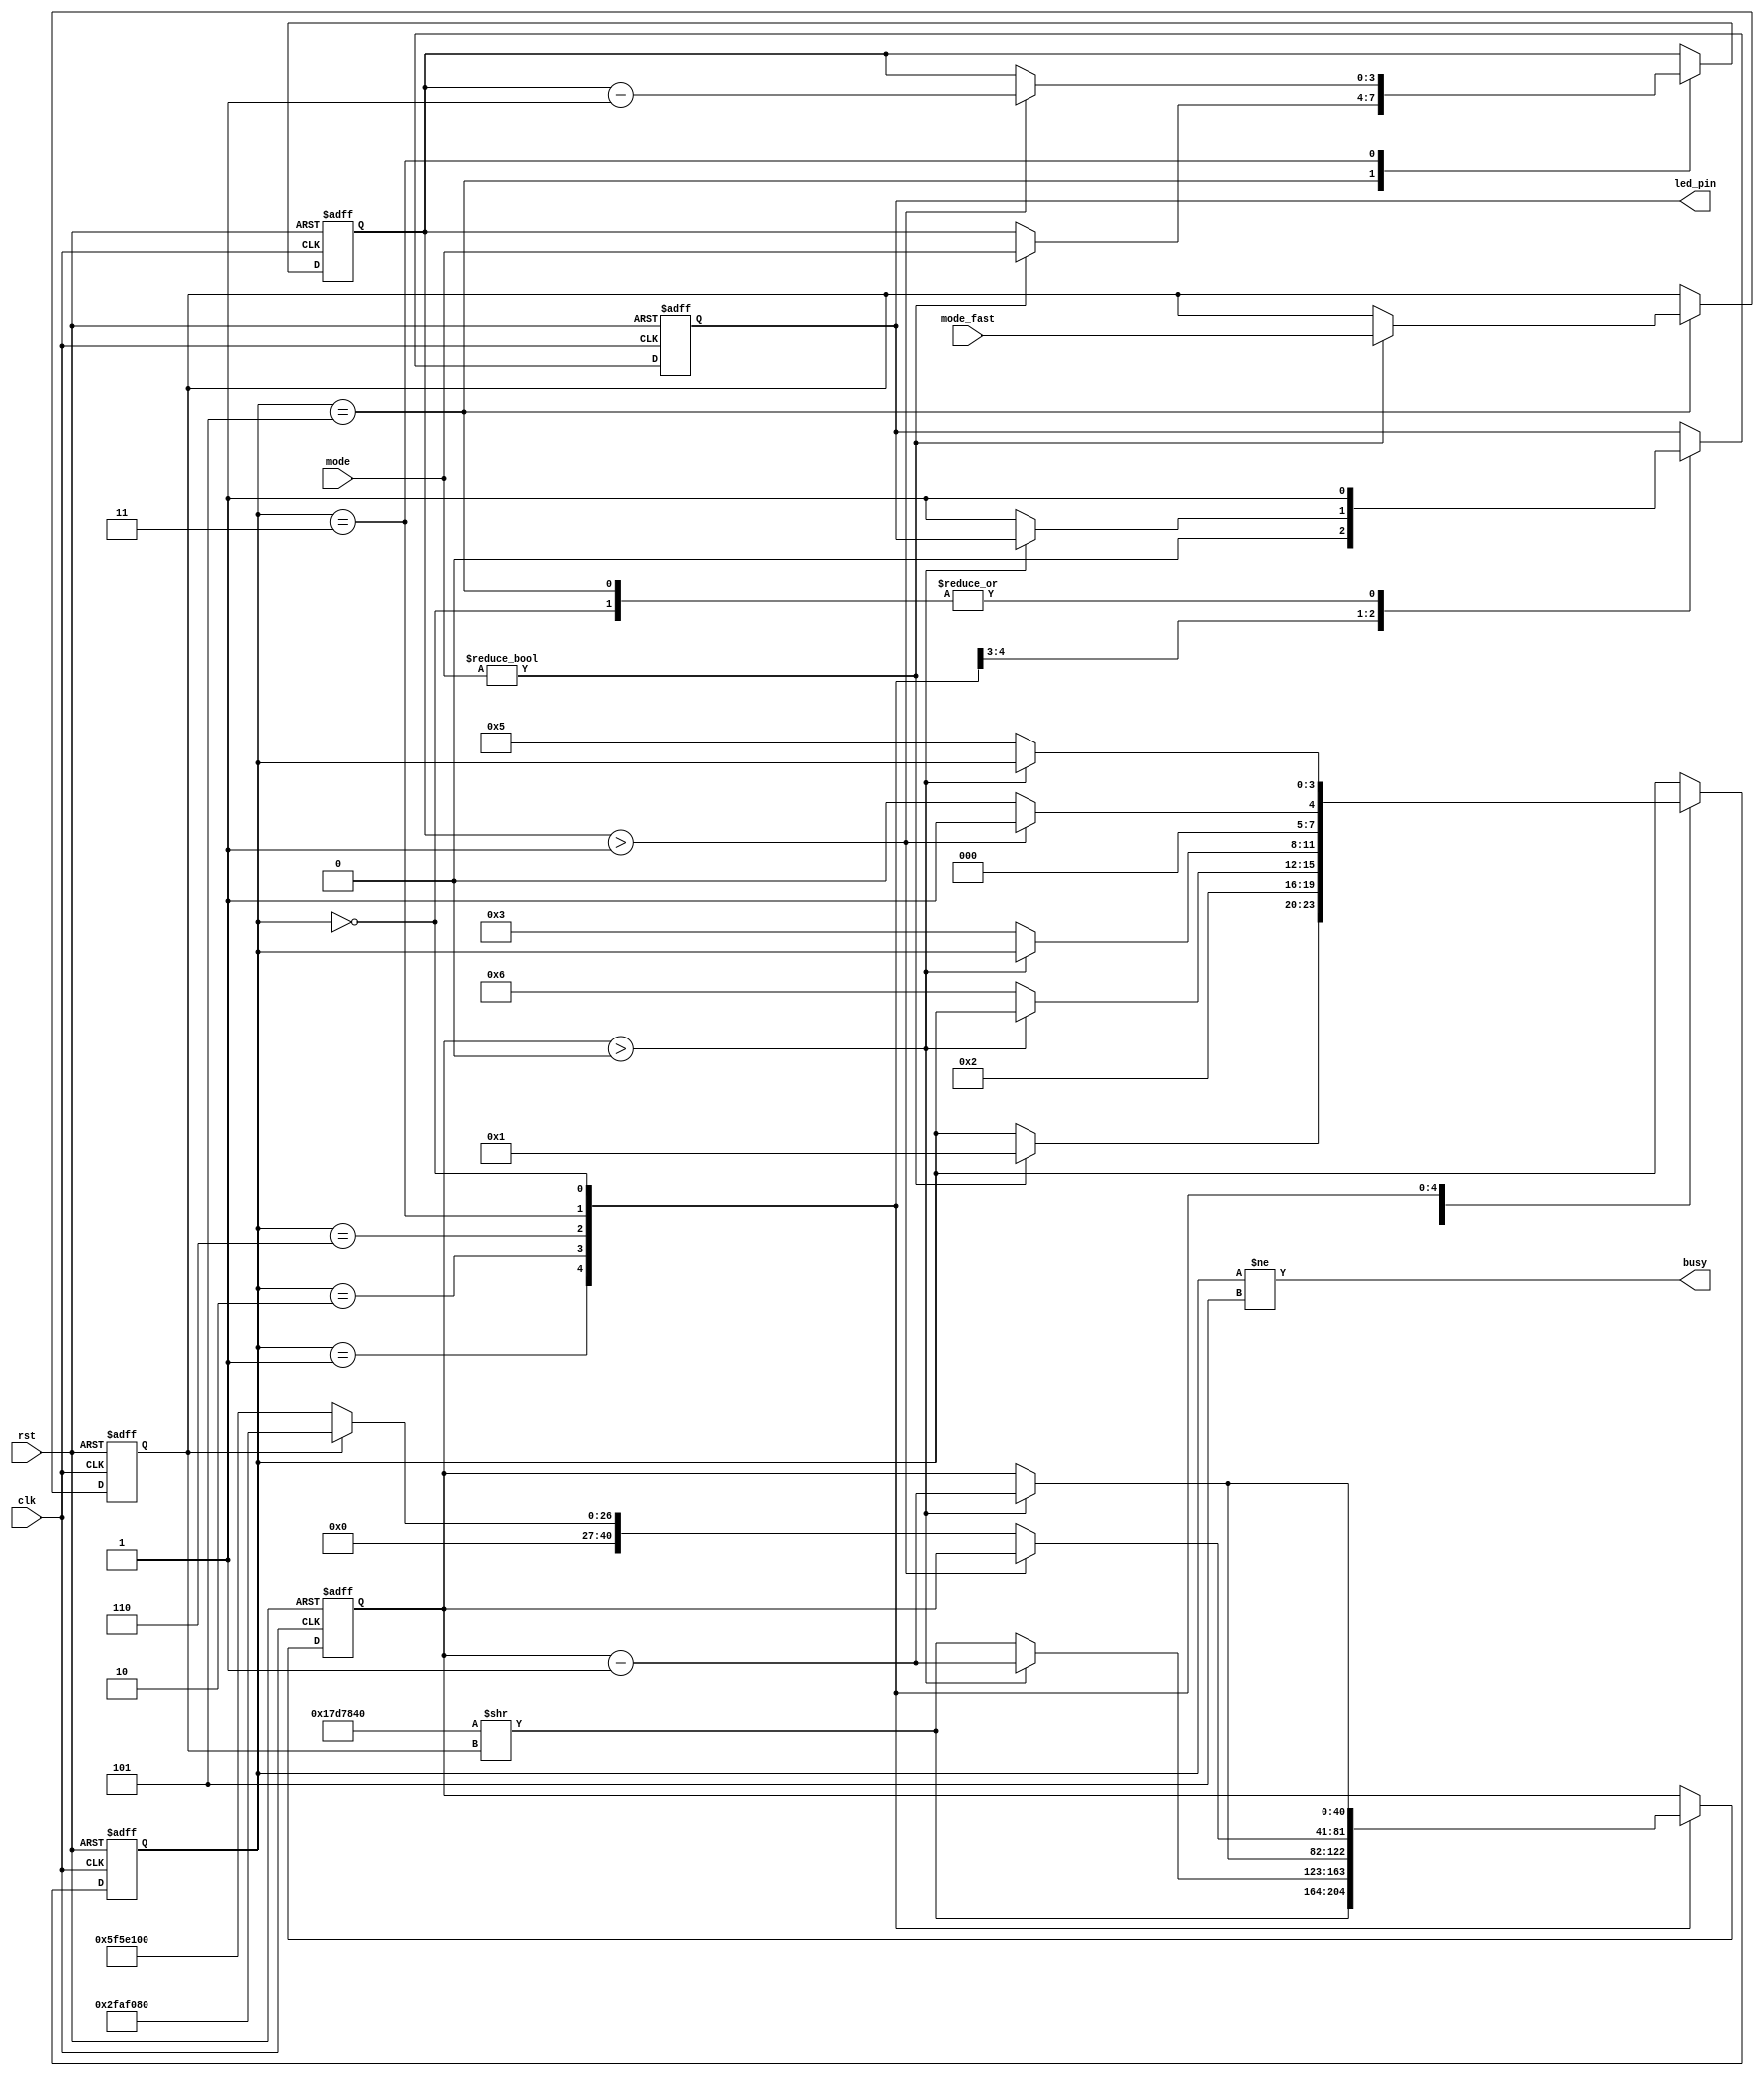
`timescale 1ns / 1ps
//////////////////////////////////////////////////////////////////////////////////
// Company: 
// Engineer: 
// 
// Design Name: 
// Module Name:    led_flash 

// ** led is on on low level
//////////////////////////////////////////////////////////////////////////////////
module led_flash(
    input clk,
    input rst,
    input [3:0] mode,
	 input mode_fast,
	 output busy,
    output led_pin
    );
	 
   parameter CLK = 100000000;
	parameter LED_TICK = CLK>>2 ;

	reg[3:0] mode_saved, mode_next;
	reg led, led_next;
	reg fast, fast_next;
	
	reg[40:0] cnt, cnt_next;


	reg[3:0] state, state_next;
	parameter OFF=0, SETUP=1, WAIT=2, WAIT2=6, ACT=3, DONE=4, IDLE=5;

always @(posedge clk or posedge rst) begin

	if (rst) begin
		mode_saved <= 0;
		led <= 1; //apagado
		cnt <= 0;
		state <= 0;
		fast <= 0;
	end
	else begin
		led <= led_next;
		mode_saved <= mode_next;
		cnt <= cnt_next;
		state <= state_next;
		fast <= fast_next;
	end
end


always @(*) begin

	led_next = led;
	mode_next = mode;
	state_next = state;
	cnt_next = cnt;
	mode_next = mode_saved;
	fast_next = fast;
 
	case (state) 
			IDLE: begin
				led_next = 1; //apagado
				if (mode != 0) begin
					 mode_next = mode;
					 fast_next = mode_fast;
					 state_next = SETUP;	

				end
			end
			
			SETUP: begin
				led_next = 0; //acende
				cnt_next = LED_TICK >> fast;
				state_next = WAIT;
			end
			
			WAIT: begin
				if (cnt > 0)
				  cnt_next = cnt - 40'd1;
				else begin
				 led_next = 1; //apaga
			     state_next = ACT;
				  cnt_next = LED_TICK >> fast;
				  state_next = WAIT2;					
				end
			end
			
			WAIT2: begin
				if (cnt > 0)
					cnt_next = cnt - 40'd1;
				else
					state_next = ACT;
			end			
			
			ACT: begin
	
				if (mode_saved > 1) begin
					mode_next = mode_saved - 4'd1;
					state_next = SETUP;
				end 
				else begin 
				    if (fast)
						cnt_next = LED_TICK<<1;
					 else
					   cnt_next = LED_TICK<<2;
					state_next = OFF;
				end
			end
			
			OFF: begin
				led_next = 1; //apaga

				if (cnt > 0)
					cnt_next = cnt - 32'd1;
				else
					state_next = IDLE;				
			end
		
	endcase


end


assign led_pin = led;
assign busy = (state!=IDLE);

endmodule